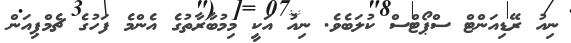
ނިއު ރޭޑިއަންޓް ސްޕޯޓްސް ކުލަބެވެ. ނިއު އަކީ މިމުބާރާތުގެ އެންމެ ފަހުގެ ޗެމްޕިއަން